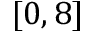
[ 0 , 8 ]